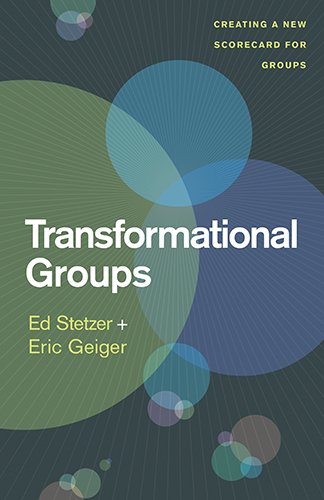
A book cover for Transformational Groups: Creating a New Scorecard for Groups; Ed Stetzer; Christian Books & Bibles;